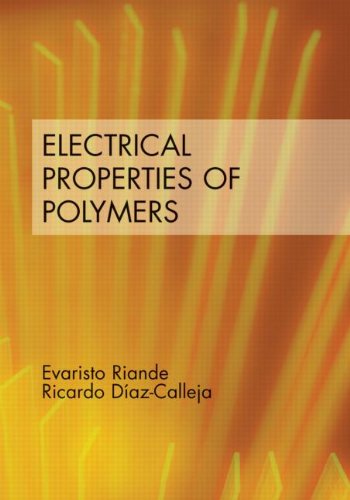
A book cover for Electrical Properties of Polymers; Evaristo Riande; Crafts, Hobbies & Home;